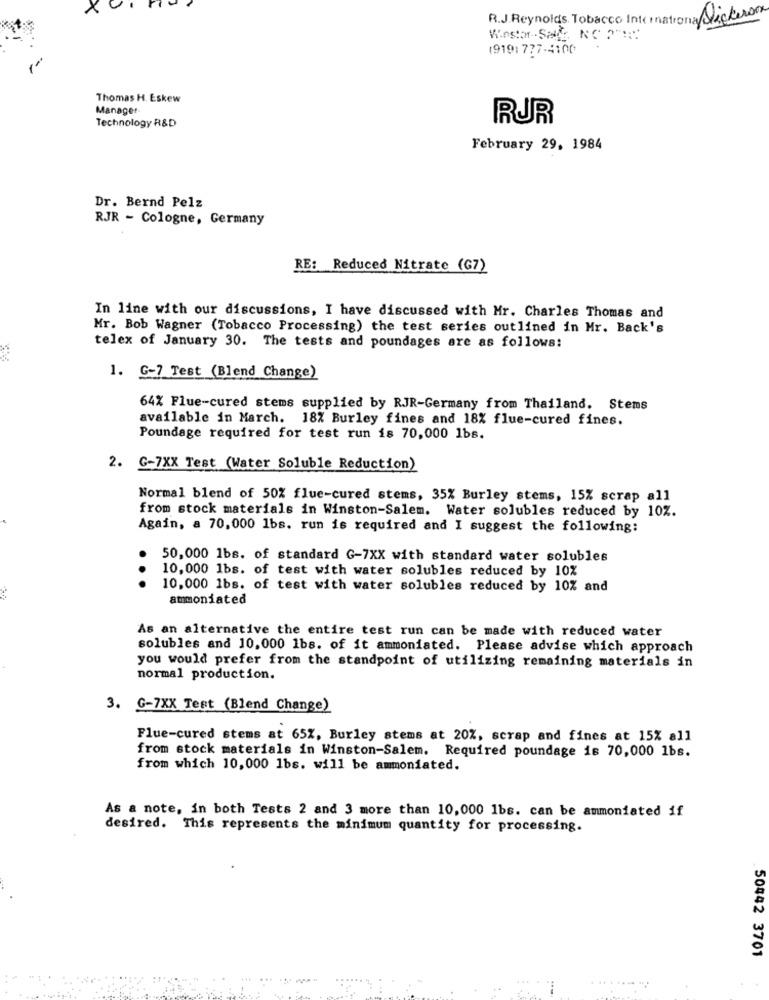
X
R.J. Reynolds Tobacco International Dickerson
1919: 777-4100
Thomas H. Eskew
Manager
RUR
Technology R&D
February 29, 1984
Dr. Bernd Pelz
RJR - Cologne, Germany
RE: Reduced Nitrate (G7)
In line with our discussions, I have discussed with Mr. Charles Thomas and
Mr. Bob Wagner (Tobacco Processing) the test series outlined in Mr. Back's
telex of January 30. The tests and poundages are as follows:
1. G-7 Test (Blend Change)
64% Flue-cured stems supplied by RJR-Germany from Thailand. Stems
available in March. 18% Burley fines and 18% flue-cured fines.
Poundage required for test run is 70,000 1bs.
2. G-7XX Test (Water Soluble Reduction)
Normal blend of 50% flue-cured stems, 35% Burley stems, 15% scrap all
from stock materials in Winston-Salem. Water solubles reduced by 10Z.
Again, a 70,000 1bs. run is required and I suggest the following:
50,000 1bs. of standard G-7XX with standard water solubles
10,000 1bs. of test with water solubles reduced by 10%
.
10.000 1bs. of test with water solubles reduced by 10% and
ammoniated
As an alternative the entire test run can be made with reduced water
solubles and 10,000 1bs. of it ammoniated. Please advise which approach
you would prefer from the standpoint of utilizing remaining materials in
normal production.
3. G-7XX Test (Blend Change)
Flue-cured stems at 65%, Burley stems at 20%, scrap and fines at 15% all
from stock materials in Winston-Salem. Required poundage is 70,000 1bs.
from which 10,000 1bs. will be ammoniated.
As a note, in both Tests 2 and 3 more than 10,000 1bs. can be ammoniated if
desired. This represents the minimum quantity for processing.
. 50442 3701